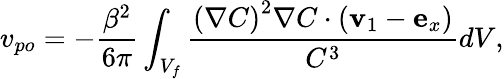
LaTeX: v_{po}=-\frac{\beta^{2}}{6\pi}\int_{V_{f}}\frac{\left(\mathbf{\nabla}C\right)^{2}\mathbf{\nabla}C\cdot\left(\mathbf{v}_{1}-\mathbf{e}_{x}\right)}{C^{3}}dV,